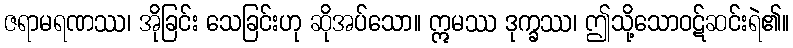
ဇရာမရဏဿ၊ အိုခြင်း သေခြင်းဟု ဆိုအပ်သော။ ဣမဿ ဒုက္ခဿ၊ ဤသို့သောဝဋ်ဆင်းရဲ၏။